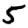
Digit: 5